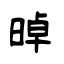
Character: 晫